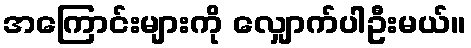
အကြောင်းများကို လျှောက်ပါဦးမယ်။